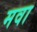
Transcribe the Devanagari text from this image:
मवा